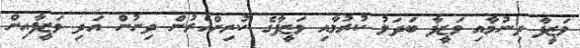
ވަޒީފާ ދިނުމާއި ވަޒީފާ ބަދަލު ކުރުމާއި ވަޒީފާގެ ކުރިންއެރުން ދިނުން އަދި ވަޒީފާއިން